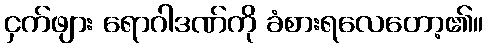
ငှက်ဖျား ရောဂါဒဏ်ကို ခံစားရလေတော့၏။